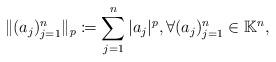
LaTeX: \begin{align*}\|(a_j)_{j=1}^n\|_p\coloneqq \sum_{j=1}^{n}|a_j|^p, \forall (a_j)_{j=1}^n \in \mathbb{K}^n,\end{align*}